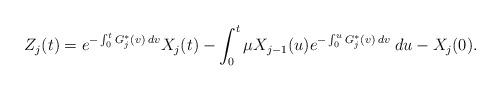
LaTeX: \begin{align*}Z_j(t) = e^{-\int_0^t G_j^*(v) \: dv} X_j(t) - \int_0^t \mu X_{j-1}(u) e^{-\int_0^u G_j^*(v) \: dv} \: du - X_j(0).\end{align*}